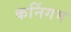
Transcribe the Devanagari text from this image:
कनिंगम